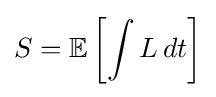
S=\mathbb {E} \left[\int L\,dt\right]